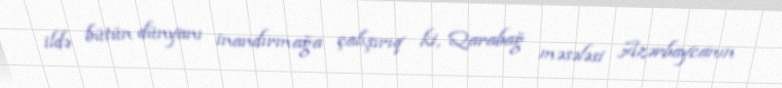
ildə bütün dünyanı inandırmağa çalışırıq ki, Qarabağ məsələsi Azərbaycanın